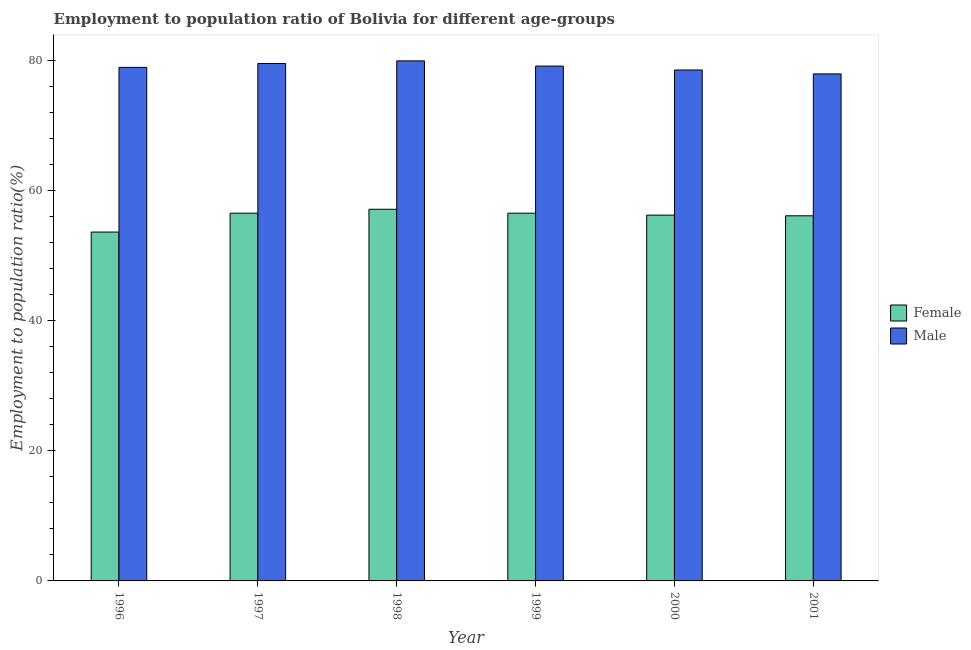
| Year | Female | Male |
 | --- | --- | --- |
 | 1996 | 53.6 | 78.9 |
 | 1997 | 56.5 | 79.5 |
 | 1998 | 57.1 | 79.9 |
 | 1999 | 56.5 | 79.1 |
 | 2000 | 56.2 | 78.5 |
 | 2001 | 56.1 | 77.9 |